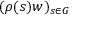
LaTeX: ( \rho ( s ) w ) _ { s \in G }